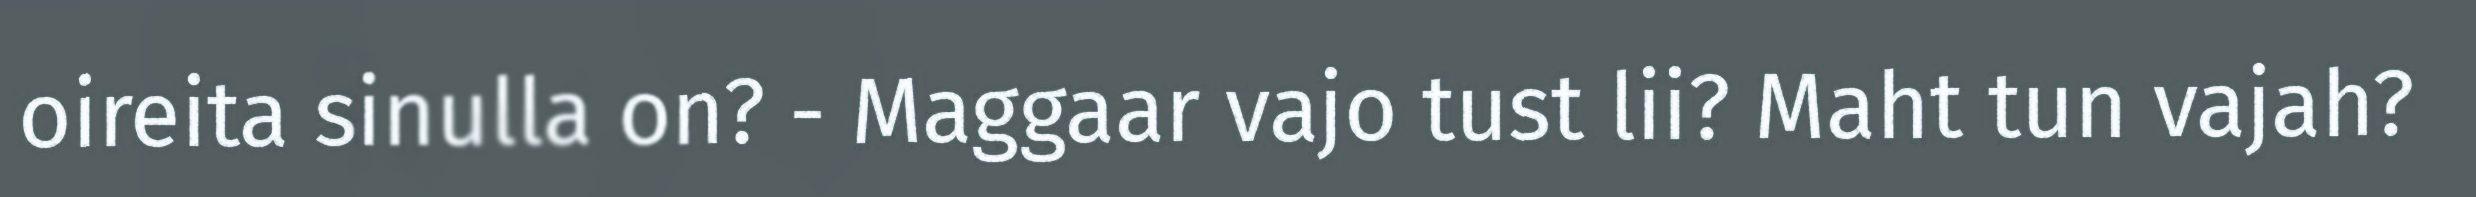
oireita sinulla on? - Maggaar vajo tust lii? Maht tun vajah?